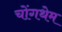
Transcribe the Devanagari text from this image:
चोंगथेम